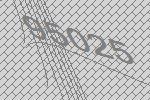
95025